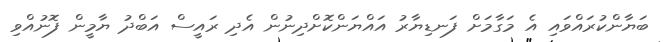
ބަޔާންކުރައްވައި އެ މަގާމަށް ފަނޑިޔާރު އައްޔަންކޮށްދިނުން އެދި ރައީސް އަބްދު ޔާމީން ފޮނުއްވި